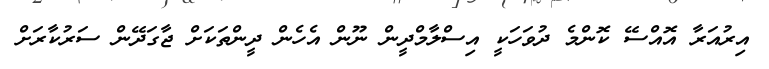
އިރުއަރާ އޮއްސޭ ކޮންމެ ދުވަހަކީ އިސްލާމްދީން ނޫން އެހެން ދީންތަކަށް ޖާގަދޭން ސަރުކާރަށް